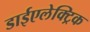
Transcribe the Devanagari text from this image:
डाईएलेक्ट्रिक